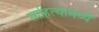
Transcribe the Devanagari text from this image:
साहित्यामध्यॆ